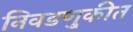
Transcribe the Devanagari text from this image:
निवडणु्कीत